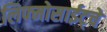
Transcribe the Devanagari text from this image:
लिफ्मोसाईट्चे